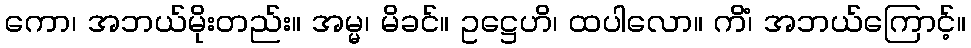
ကော၊ အဘယ်မိုးတည်း။ အမ္မ၊ မိခင်။ ဥဋ္ဌေဟိ၊ ထပါလော။ ကိံ၊ အဘယ်ကြောင့်။